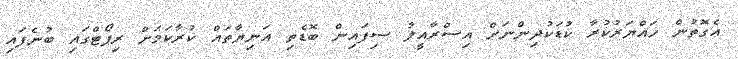
އެގޮތުން ހައްޔަރުކުރާ ކުޑަކުދިންނަށް އިސްރާއީލު ސިފައިން ބޮޑެތި އަނިޔާތައް ކުރާކަމަށް ރިޕޯޓްގައި ބުނެފައި